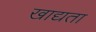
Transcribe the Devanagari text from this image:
खाद्यता